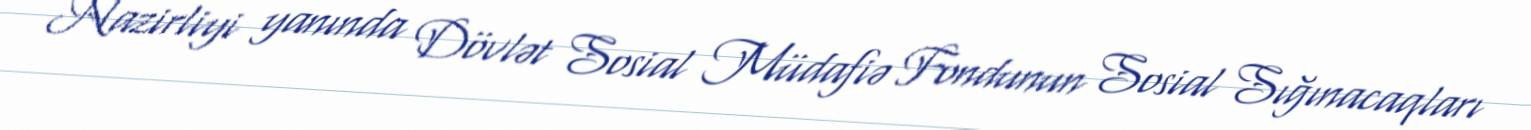
Nazirliyi yanında Dövlət Sosial Müdafiə Fondunun Sosial Sığınacaqları